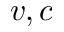
v , c